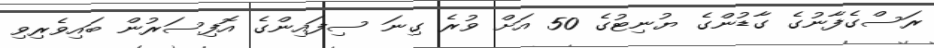
ރަސްގެފާނުގެ ގާޑުންގެ ޔުނިޓުގެ 50 އަށް ވުރެ ގިނަ ސިފައިންގެ އޮފިސަރުން ބައިވެރިވި